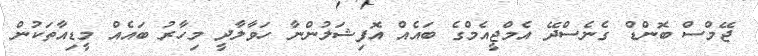
ޖޭމްސް ބޮންޑް ގެނެސްދޭ އެމްޖީއެމްގެ ބައެއް އޮފިޝަލުންނާ ހަވާލާދީ މިހާރު ބައެއް މީޑިއާތަކުން